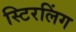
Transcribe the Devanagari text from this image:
स्टिरलिंग